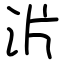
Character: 沜